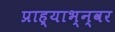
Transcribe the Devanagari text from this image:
प्राह्याभ्न्वर